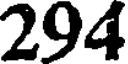
294